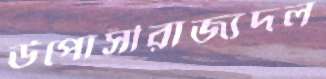
উপোসীরাজ্যদল